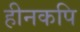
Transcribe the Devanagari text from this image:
हीनकपि